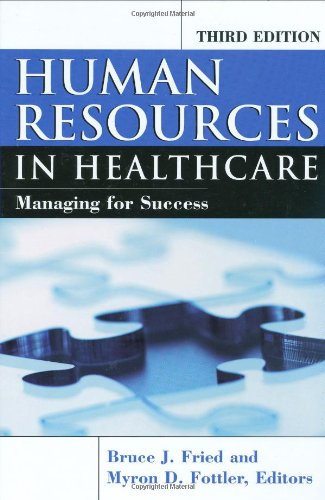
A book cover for Human Resources In Healthcare: Managing for Success, Third Edition; Bruce Fried; Medical Books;